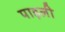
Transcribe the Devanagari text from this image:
पाड़ली